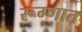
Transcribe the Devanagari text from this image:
रूग्णात